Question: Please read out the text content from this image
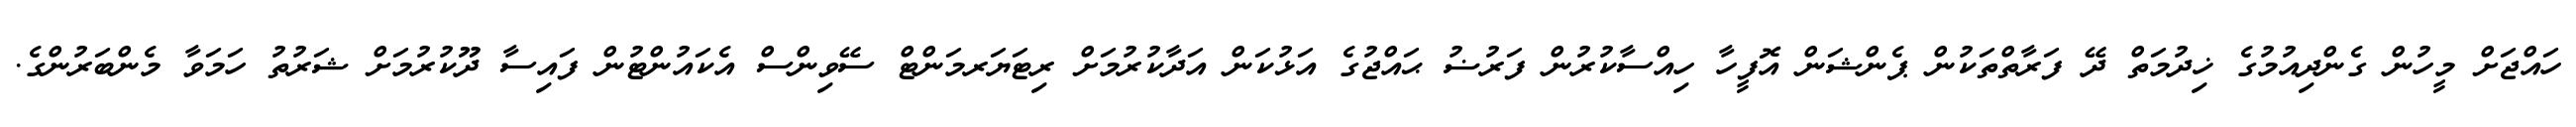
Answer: ހައްޖަށް މީހުން ގެންދިއުމުގެ ޚިދުމަތް ދޭ ފަރާތްތަކުން ޕެންޝަން އޮފީހާ ހިއްސާކުރުން ފަރުޟު ޙައްޖުގެ އަޅުކަން އަދާކުރުމަށް ރިޓަޔަރމަންޓް ސޭވިންސް އެކައުންޓުން ފައިސާ ދޫކުރުމަށް ޝަރުތު ހަމަވާ މެންބަރުންގެ.